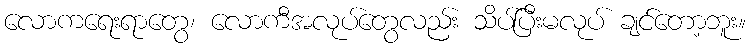
လောကရေးရာတွေ၊ လောကီအလုပ်တွေလည်း သိပ်ပြီးမလုပ် ချင်တော့ဘူး။